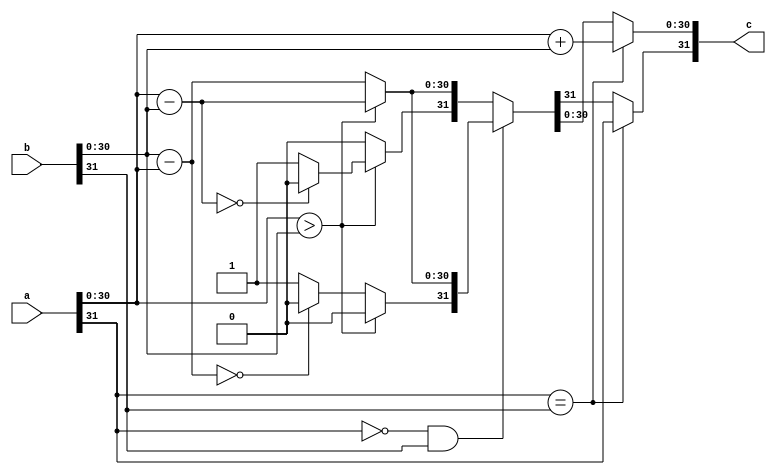
`timescale 1ns / 1ps
//////////////////////////////////////////////////////////////////////////////////
// Company: 
// Engineer: 
// 
// Design Name: 
// Module Name:    q15_add 
// Project Name: 
// Target Devices: 
// Tool versions: 
// Description: 
//
// Dependencies: 
//
// Revision: 
// Revision 0.01 - File Created
// Additional Comments: 
//
//////////////////////////////////////////////////////////////////////////////////
module qadd #(
	//Parameterized values
	parameter Q = 15,
	parameter N = 32
	)
	(
    input [N-1:0] a,
    input [N-1:0] b,
    output [N-1:0] c
    );

reg [N-1:0] res;

assign c = res;

always @(a,b) begin
	// both negative or both positive
	if(a[N-1] == b[N-1]) begin						//	Since they have the same sign, absolute magnitude increases
		res[N-2:0] = a[N-2:0] + b[N-2:0];		//		So we just add the two numbers
		res[N-1] = a[N-1];							//		and set the sign appropriately...  Doesn't matter which one we use, 
															//		they both have the same sign
															//	Do the sign last, on the off-chance there was an overflow...  
		end												//		Not doing any error checking on this...
	//	one of them is negative...
	else if(a[N-1] == 0 && b[N-1] == 1) begin		//	subtract a-b
		if( a[N-2:0] > b[N-2:0] ) begin					//	if a is greater than b,
			res[N-2:0] = a[N-2:0] - b[N-2:0];			//		then just subtract b from a
			res[N-1] = 0;										//		and manually set the sign to positive
			end
		else begin												//	if a is less than b,
			res[N-2:0] = b[N-2:0] - a[N-2:0];			//		we'll actually subtract a from b to avoid a 2's complement answer
			if (res[N-2:0] == 0)
				res[N-1] = 0;										//		I don't like negative zero....
			else
				res[N-1] = 1;										//		and manually set the sign to negative
			end
		end
	else begin												//	subtract b-a (a negative, b positive)
		if( a[N-2:0] > b[N-2:0] ) begin					//	if a is greater than b,
			res[N-2:0] = a[N-2:0] - b[N-2:0];			//		we'll actually subtract b from a to avoid a 2's complement answer
			if (res[N-2:0] == 0)
				res[N-1] = 0;										//		I don't like negative zero....
			else
				res[N-1] = 1;										//		and manually set the sign to negative
			end
		else begin												//	if a is less than b,
			res[N-2:0] = b[N-2:0] - a[N-2:0];			//		then just subtract a from b
			res[N-1] = 0;										//		and manually set the sign to positive
			end
		end
	end
endmodule